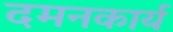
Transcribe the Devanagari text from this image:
दमनकार्य